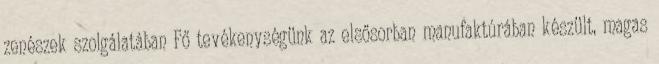
zenészek szolgálatában Fő tevékenységünk az elsősorban manufaktúrában készült, magas